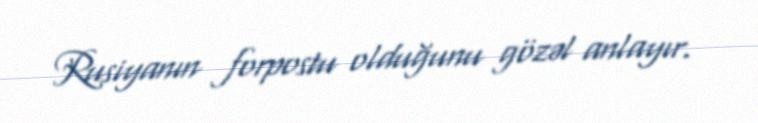
Rusiyanın forpostu olduğunu gözəl anlayır.